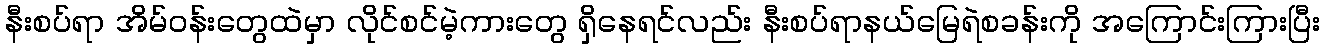
နီးစပ်ရာ အိမ်ဝန်းတွေထဲမှာ လိုင်စင်မဲ့ကားတွေ ရှိနေရင်လည်း နီးစပ်ရာနယ်မြေရဲစခန်းကို အကြောင်းကြားပြီး